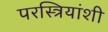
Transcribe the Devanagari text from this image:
परस्त्रियांशी